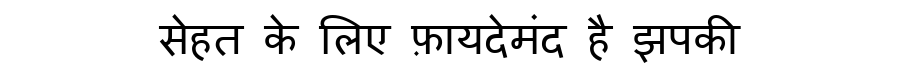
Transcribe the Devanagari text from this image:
सेहत के लिए फ़ायदेमंद है झपकी